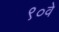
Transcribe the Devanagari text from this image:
९०वे